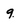
Character: 9